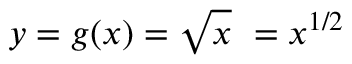
y = g ( x ) = { \sqrt { x } } \ = x ^ { 1 / 2 }